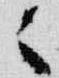
々